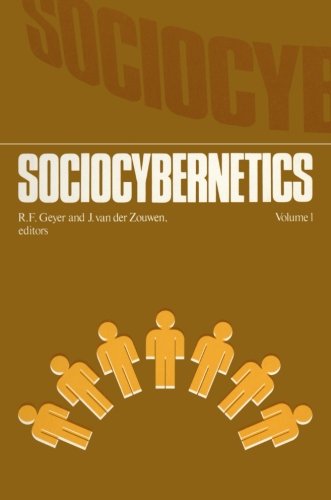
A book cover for Sociocybernetics. An actor-oriented social systems approach. Volume 1; Computers & Technology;